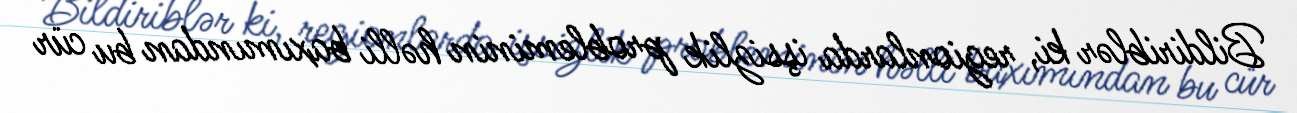
Bildiriblər ki, regionlarda işsizlik probleminin həlli baxımından bu cür